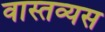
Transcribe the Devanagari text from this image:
वास्तव्यस